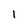
Character: I